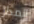
المدار